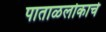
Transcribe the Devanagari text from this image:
पाताळलोकाचे